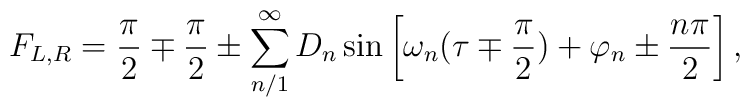
F_{L,R} = \frac{\pi}{2} \mp \frac{\pi}{2}\pm\sum_{n/1}^{\infty}D_n\sin\left[\omega_n(\tau\mp \frac{\pi}{2}) + \varphi_n \pm \frac{n\pi}{2}\right],